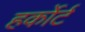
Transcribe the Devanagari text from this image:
हर्कोर्ट